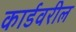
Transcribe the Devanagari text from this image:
कार्डवरील